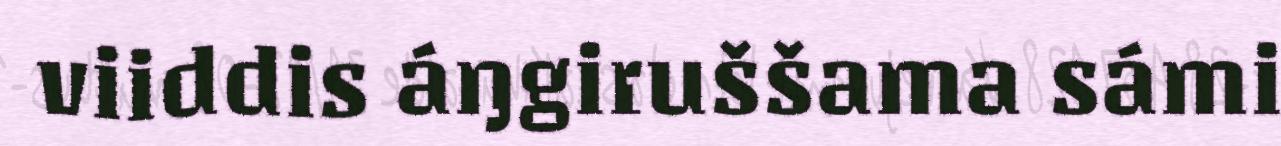
viiddis áŋgiruššama sámi